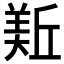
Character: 𱻏